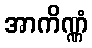
အာကိဏ္ဏံ